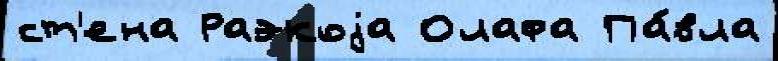
ст'ена Раэкоjа Олафа Па́вла